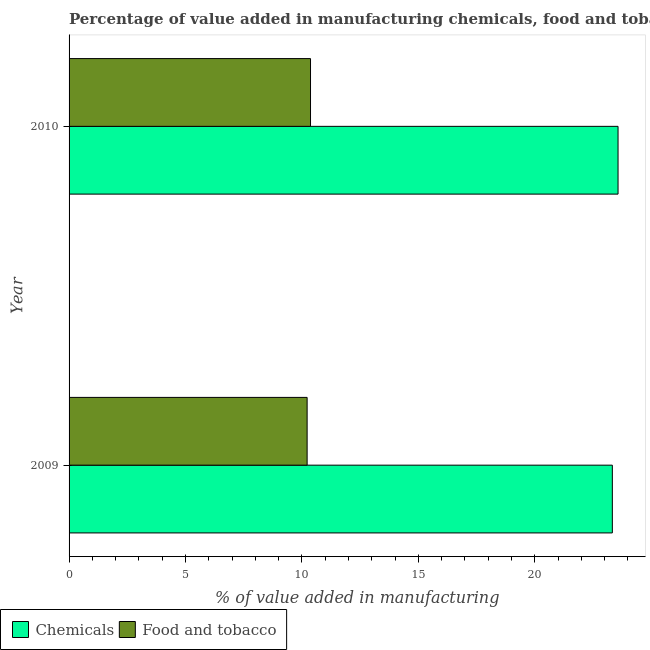
| Year | Chemicals | Food and tobacco |
 | --- | --- | --- |
 | 2009 | 23.3 | 10.2 |
 | 2010 | 23.6 | 10.4 |